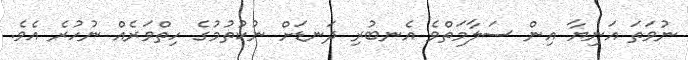
ނުވަތަ އަނިޔާ އިން ސަލާމަތްވެ އެނބުރި ދަނޑަށް ނުކުތުމުގެ ހިތްވަރެއް ނުހުރެ އެވެ.